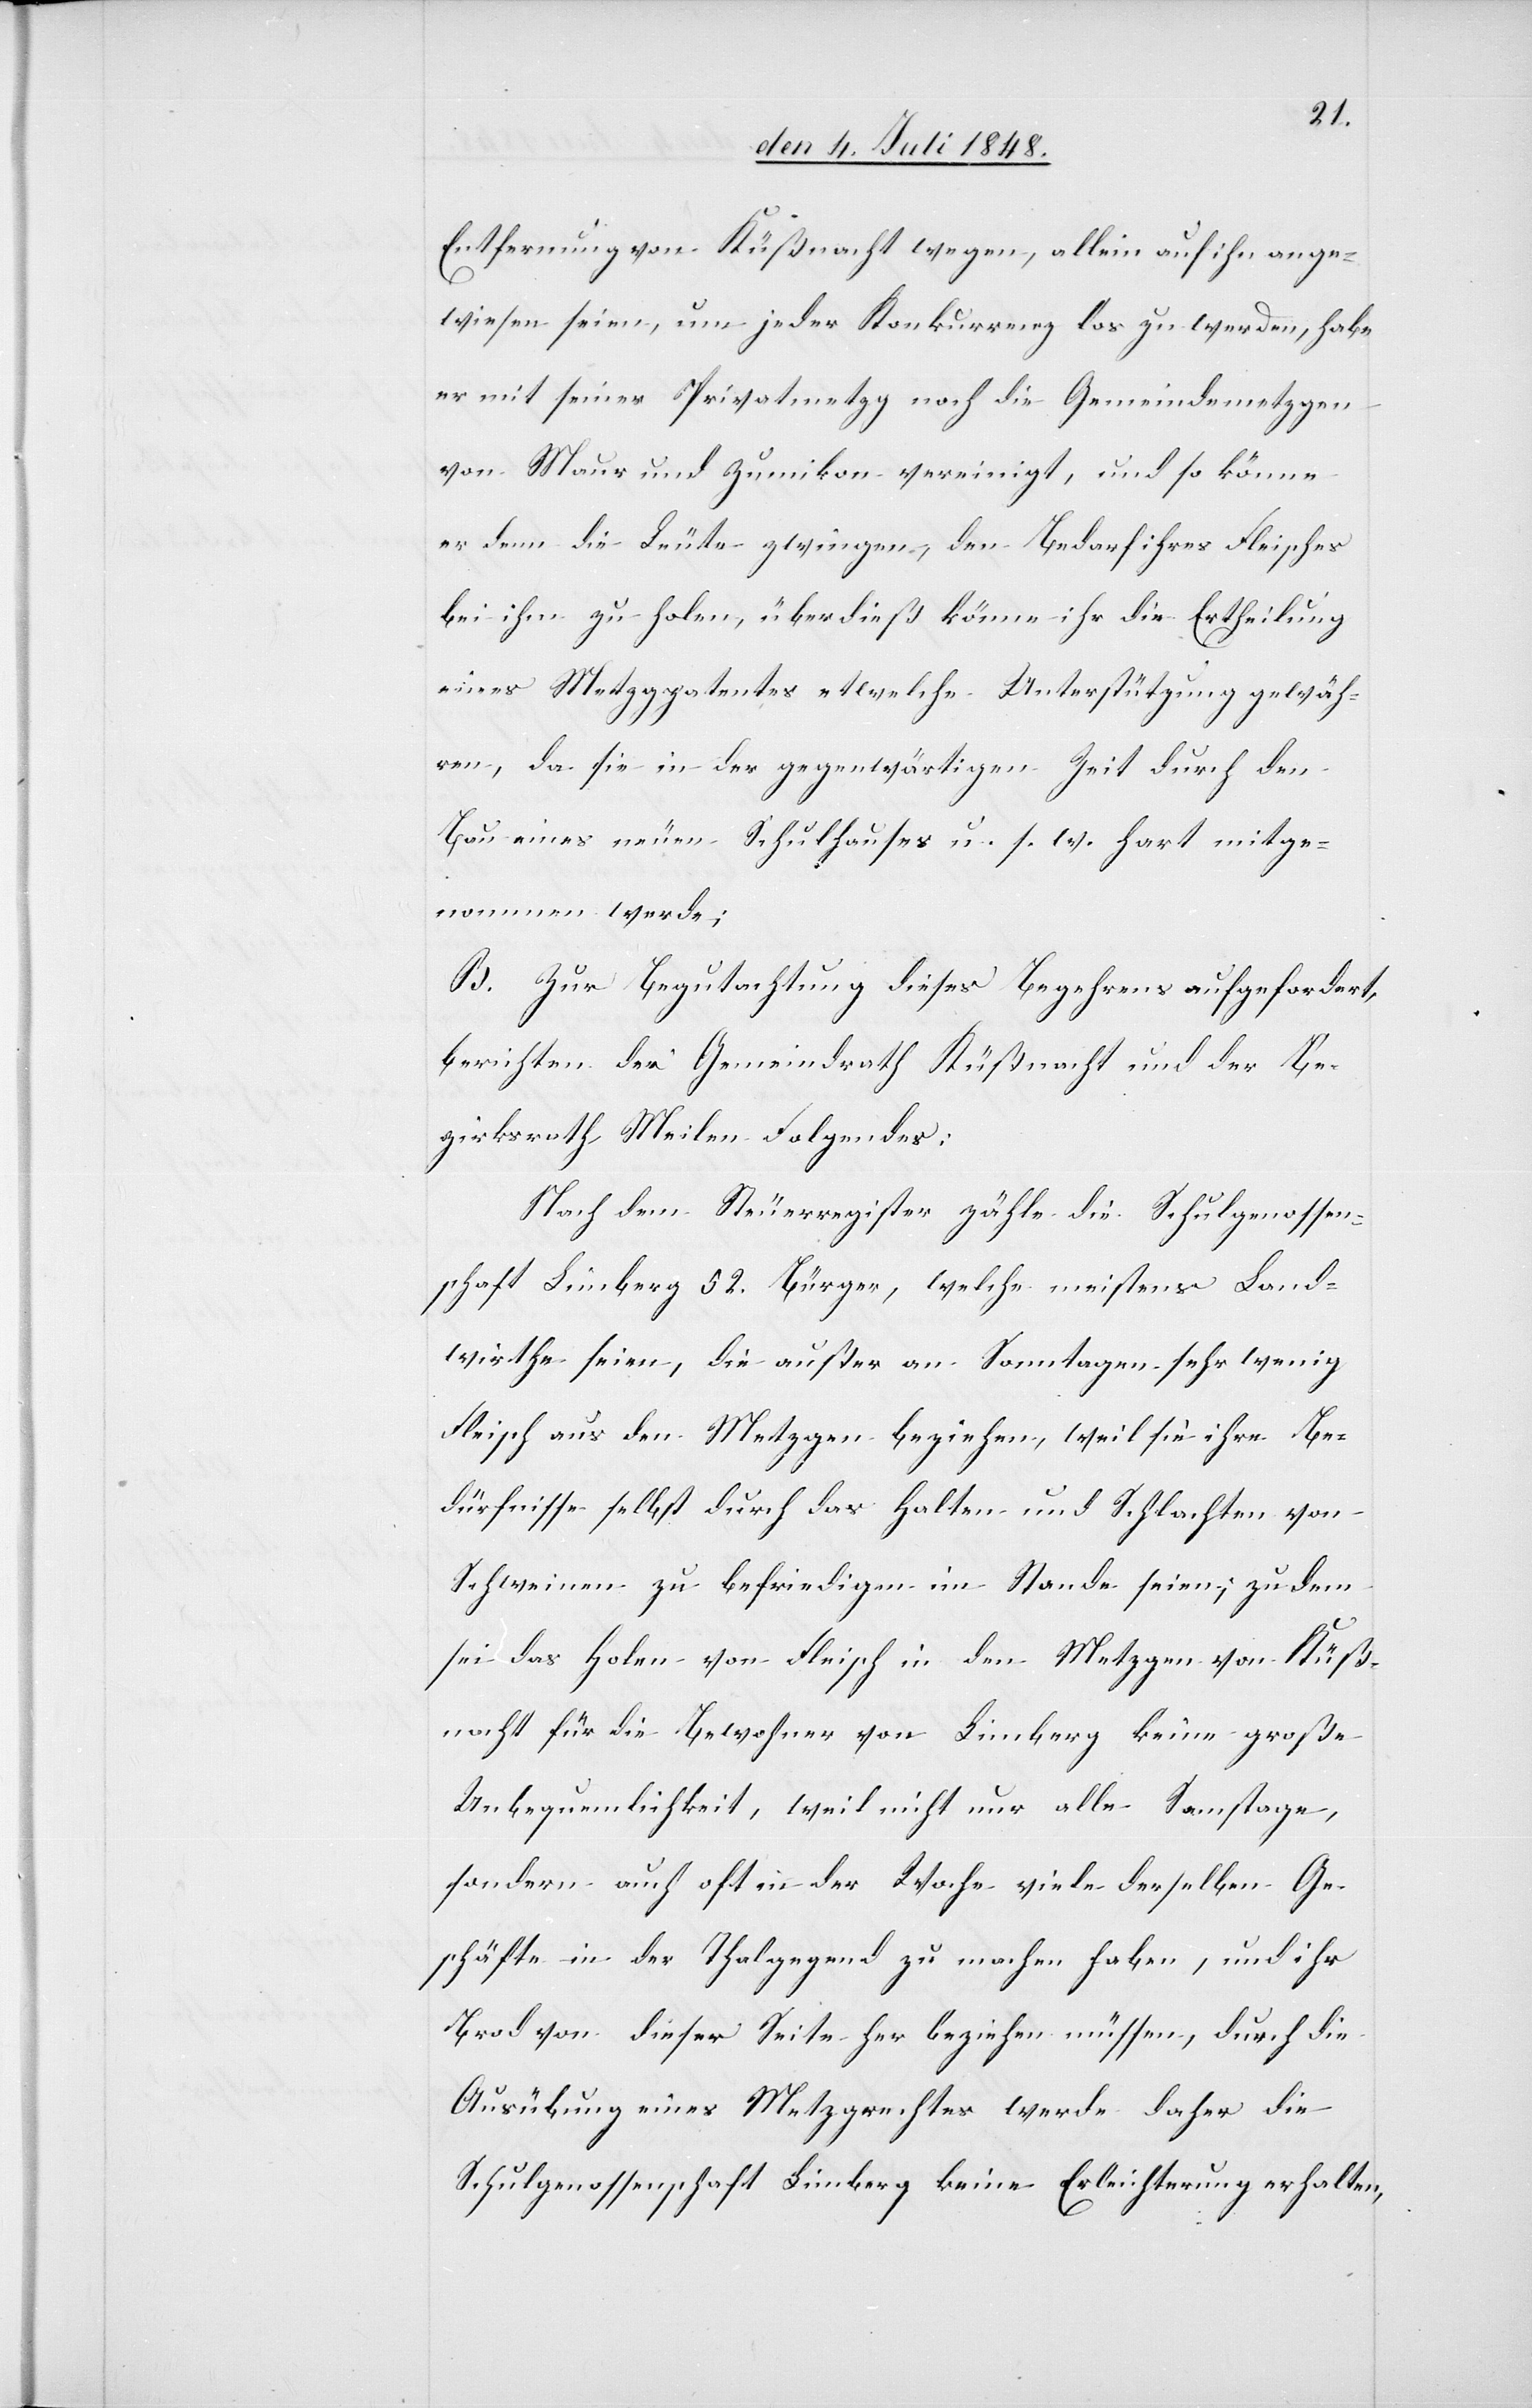
Entfernung von Küßnacht wegen, allein auf ihn ange¬
wiesen seien, um jeder Konkurrenz los zu werden, habe
er mit seiner Privatmetzg noch die Gemeindemetzgen
von Maur und Zumikon vereinigt, und so könne
er denn die Leute zwingen, den Bedarf ihres Fleisches
bei ihm zu holen, überdieß könne ihr die Ertheilung
eines Metzgpatentes etwelche Unterstützung gewäh¬
ren, da sie in der gegenwärtigen Zeit durch den
Bau eines neuen Schulhauses u. s. w. hart mitge¬
nommen werde;
B. Zur Begutachtung dieses Begehrens aufgefordert,
berichten der Gemeindrath Küßnacht und der Be¬
zirksrath Meilen Folgendes:
Nach dem Steuerregister zähle die Schulgenossen¬
schaft Limberg 52. Bürger, welche meistens Land¬
wirthe seien, die außer an Sonntagen sehr wenig
Fleisch aus den Metzgen beziehen, weil sie ihre Be¬
dürfnisse selbst durch das Halten und Schlachten von
Schweinen zu befriedigen im Stande seine; zudem
sei das Holen von Fleisch in den Metzgen von Küß¬
nacht für die Bewohner von Limberg keine große
Unbequemlichkeit, weil nicht nur alle Samstage,
sondern auch oft in der Woche viele derselben Ge¬
schäfte in der Thalgegend zu machen haben, und ihr
Brod von dieser Seite her beziehen müssen, durch die
Ausübung eines Metzgrechtes werde daher die
Schulgenossenschaft Limberg keine Erleichterung erhalten,